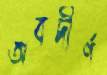
অবদীর্ণ